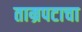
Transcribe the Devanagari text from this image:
ताम्रपटाचा